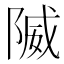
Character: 隇